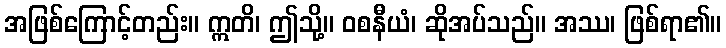
အဖြစ်ကြောင့်တည်း။ ဣတိ၊ ဤသို့။ ဝစနီယံ၊ ဆိုအပ်သည်။ အဿ၊ ဖြစ်ရာ၏။